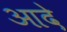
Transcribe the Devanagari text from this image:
आदे